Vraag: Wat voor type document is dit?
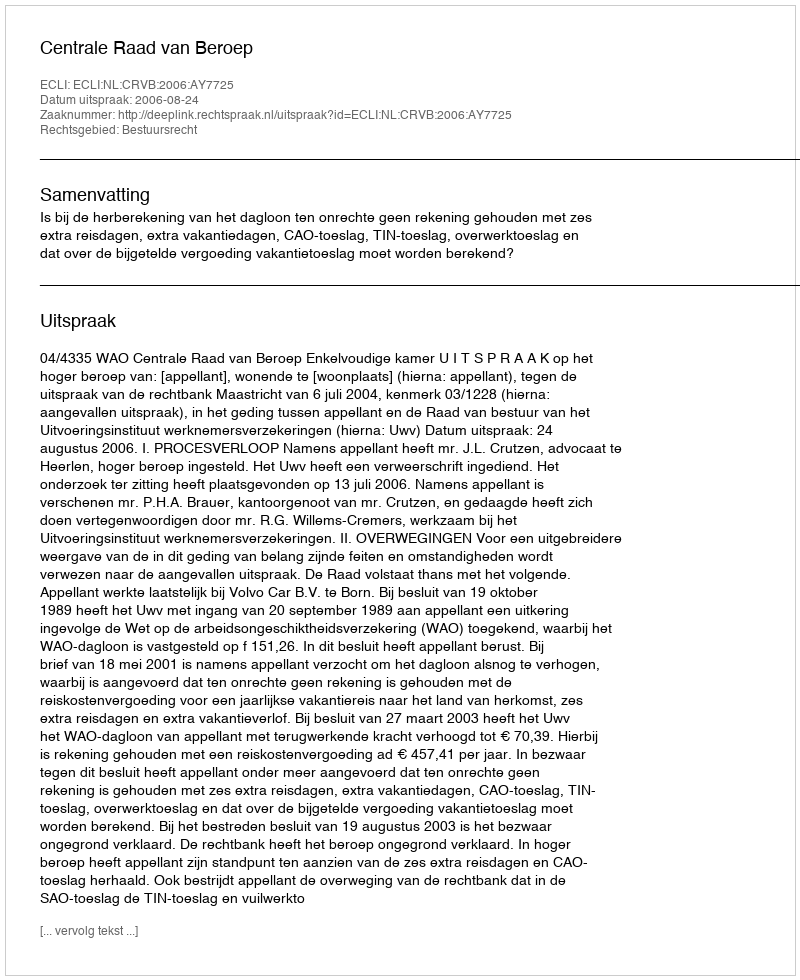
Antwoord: Uitspraak